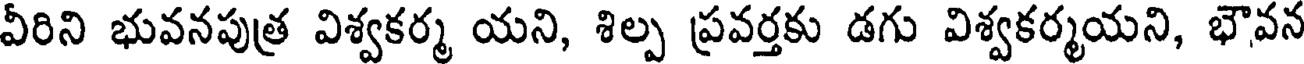
వీరిని భువనపుత్ర విశ్వకర్మ యని, శిల్ప ప్రవర్తకు డగు విశ్వకర్మయని, భౌవన